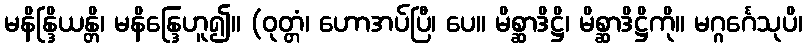
မနိန္ဒြိယန္တိ၊ မနိန္ဒြေဟူ၍။ (ဝုတ္တံ၊ ဟောအပ်ပြီ၊ ပေ။ မိစ္ဆာဒိဋ္ဌိ၊ မိစ္ဆာဒိဋ္ဌိကို။ မဂ္ဂင်္ဂေသုပိ၊